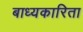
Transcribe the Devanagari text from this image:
बाध्यकारिता